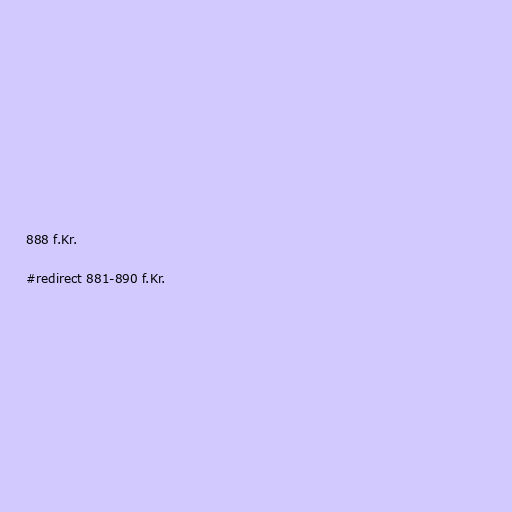
888 f.Kr.

#redirect 881-890 f.Kr.